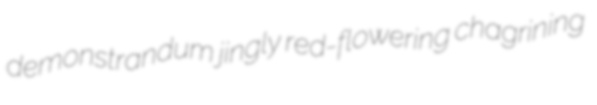
demonstrandum jingly red-flowering chagrining